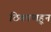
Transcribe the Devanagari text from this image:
ठिकाणहून